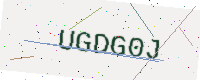
Text: UGDG0J